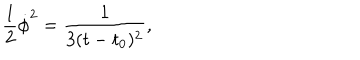
LaTeX: { \frac { 1 } { 2 } \dot { \phi } ^ { 2 } = \frac { 1 } { 3 ( t - t _ { 0 } ) ^ { 2 } } , }